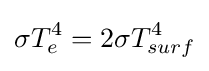
\sigma T_{e}^{4}=2\sigma T_{surf}^{4}